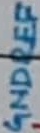
Text: GNDREF